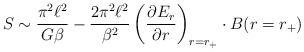
LaTeX: \begin{align*}S\sim \frac{\pi^2\ell^2}{G\beta}-\frac{2\pi^2\ell^2}{\beta^2}\left(\frac{\partial E_r}{\partial r}\right)_{r=r_+}\cdot B(r=r_+)\end{align*}